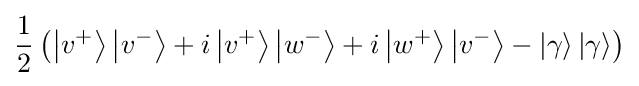
{\frac {1}{2}}\left(\left|v^{+}\right\rangle \left|v^{-}\right\rangle +i\left|v^{+}\right\rangle \left|w^{-}\right\rangle +i\left|w^{+}\right\rangle \left|v^{-}\right\rangle -\left|\gamma \right\rangle \left|\gamma \right\rangle \right)